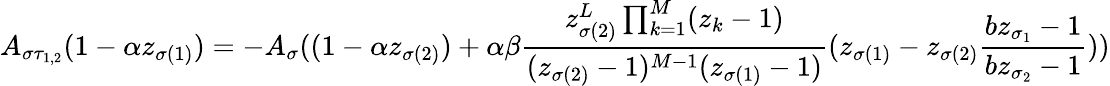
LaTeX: A_{\sigma\tau_{1,2}}(1-\alpha z_{\sigma(1)})=-A_{\sigma}((1-\alpha z_{\sigma(2)})+\alpha\beta\frac{z_{\sigma(2)}^{L}\prod_{k=1}^{M}(z_{k}-1)}{(z_{\sigma(2)}-1)^{M-1}(z_{\sigma(1)}-1)}(z_{\sigma(1)}-z_{\sigma(2)}\frac{bz_{\sigma_{1}}-1}{bz_{\sigma_{2}}-1}))